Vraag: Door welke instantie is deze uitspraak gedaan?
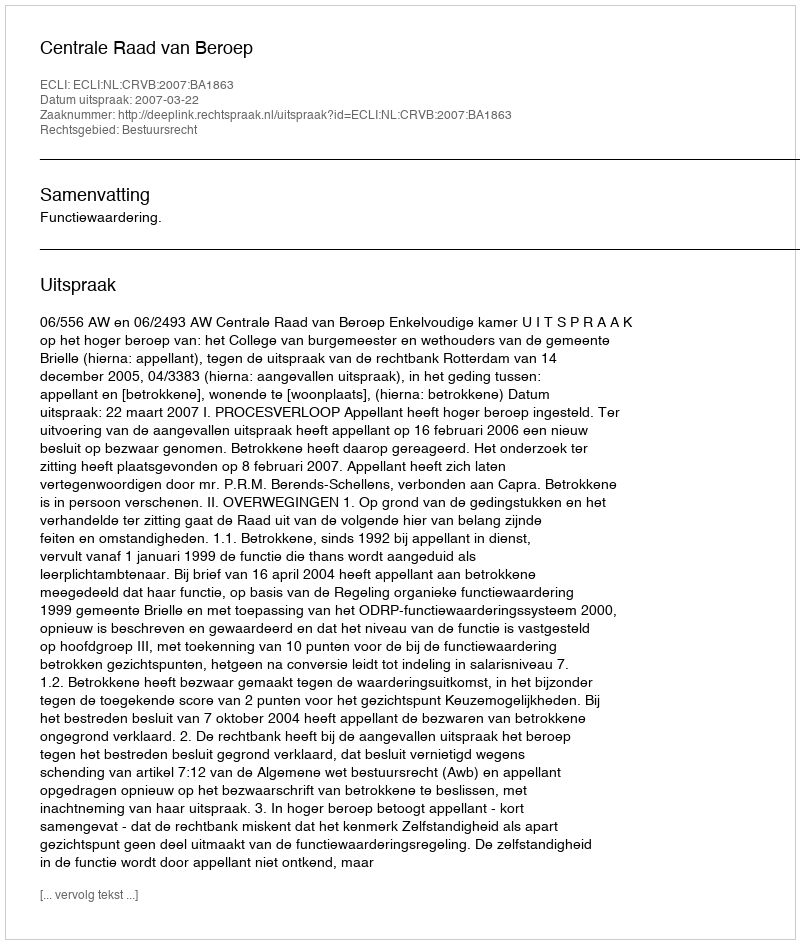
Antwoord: Centrale Raad van Beroep